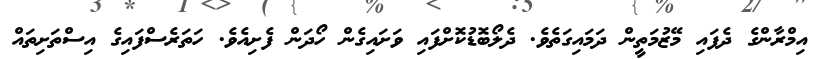
އިމްރާންގެ ދެފައި މޭޒުމަތީން ދަމައިގަތެވެ. ދެލޯބޮޑުކޮށްފައި ވަށައިގެން ހޯދަން ފެށިއެވެ. ހަތަރެސްފައިގެ އިސްތަށިތައް